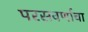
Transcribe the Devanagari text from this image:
परसवर्णाचा